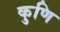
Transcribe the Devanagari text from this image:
कुणि